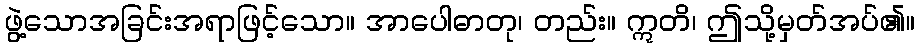
ဖွဲ့သောအခြင်းအရာဖြင့်သော။ အာပေါဓာတု၊ တည်း။ ဣတိ၊ ဤသို့မှတ်အပ်၏။